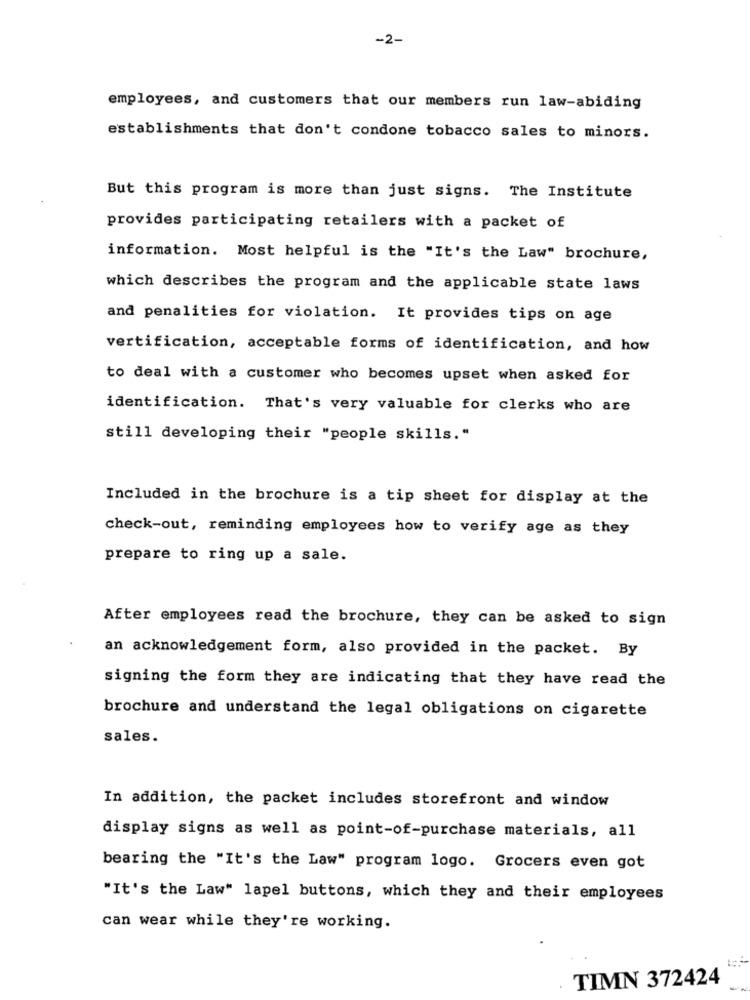
-2-
employees, and customers that our members run law-abiding
establishments that don't condone tobacco sales to minors.
But this program is more than just signs. The Institute
provides participating retailers with a packet of
information. Most helpful is the "It's the Law" brochure,
which describes the program and the applicable state laws
and penalities for violation. It provides tips on age
vertification, acceptable forms of identification, and how
to deal with a customer who becomes upset when asked for
identification. That's very valuable for clerks who are
still developing their "people skills."
Included in the brochure is a tip sheet for display at the
check-out, reminding employees how to verify age as they
prepare to ring up a sale.
After employees read the brochure, they can be asked to sign
an acknowledgement form, also provided in the packet. By
signing the form they are indicating that they have read the
brochure and understand the legal obligations on cigarette
sales.
In addition, the packet includes storefront and window
display signs as well as point-of-purchase materials, all
bearing the "It's the Law" program logo. Grocers even got
"It's the Law" lapel buttons, which they and their employees
can wear while they're working.
TIMN 372424